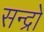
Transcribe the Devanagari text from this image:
सन्द्रो